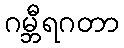
ဂမ္ဘီရဂတာ